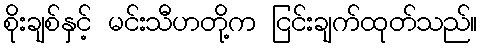
စိုးချစ်နှင့် မင်းသီဟတို့က ငြင်းချက်ထုတ်သည်။